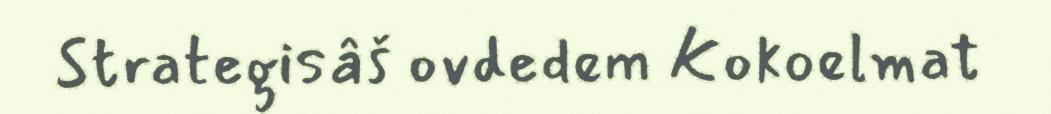
Strategisâš ovdedem Kokoelmat